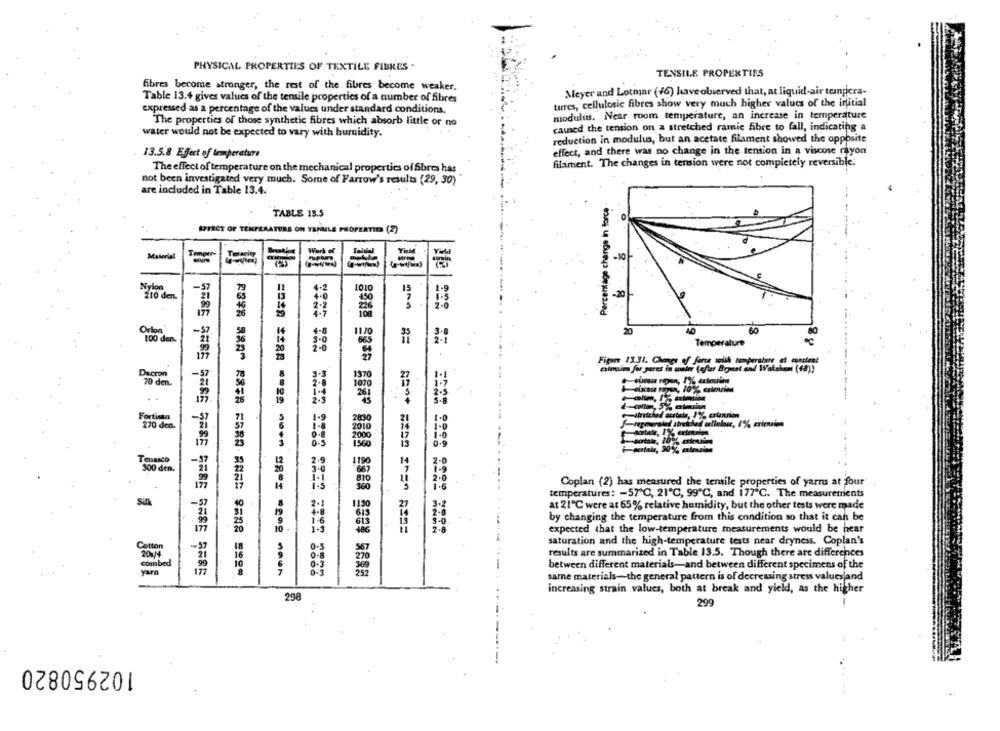
PHYSICAL PROPERTIES OF TEXTILE FIBRES .
TENSILE PROPERTIES
fibres become stronger, the rest of the. fibres become weaker.
Meyer and Lotmar (46) have observed that, at liquid-air tempera-
Table 13.4 gives values of the tensile properties of a number of fibres
turres, cellulosic fibres show very much higher values of the initial
expressed as a percentage of the values under standard conditions.
modulus. Near room temperature, an increase in temperature
The properties of those synthetic fibres which absorb little or no
caused the tension on a stretched ramie fibre to fall, indicating a
water would not be expected to vary with humidity.
reduction in modulus, but an acetate filament showed the opposite
13.5.8 Effect of temperature
effect, and there was no change in the tension in a viscose rayon
The effect of temperature on the mechanical properties of fibres has
filament. The changes in tension were not completely reversible.
not been investigated very much. Some of Farrow's results (29, 30)
are included in Table 13.4.
Percentage change In force
TABLE 13.5
EFFECT OF TEMPERATURE ON TEMALE PROPERTIES (2)
Material
Tenger-
-10
Nylon
-57
101
210 den.
-20
177
Orlen
-57
60
20
80
100 den.
Temperature
Figare 13.31. Chances of fare south temperature at constant
Dacron
Cinuim for geret in sonter (efter Bomet and Watchom (få))
-kurs ripan, 1%% minim
70 den.
Fortista
S-regmersled stretched cellulose, 1% extension
270 den
300 den.
Coplan (2) has measured the tensile properties of yarms at four
temperatures: - 57 ℃, 21℃, 99℃, and 177"℃. The measurements
Suk
at 21"℃ were at 65% relative humidity, but the other tests were made
by changing the temperature from this condition so that it can be
===* ==== ==== ====
expected that the low-temperature measurements would be near
saturation and the high-temperature tests near dryness. Coplan's
Cotton
3-5
results are summarized in Table 13.5. Though there are differences
combed
yarn
between different materials-and between different specimens of the
3843 3321 3342 1332 3a21 0322 0800
==== ==== = egg noen =80= ogog nawn
same materials -- the general pattern is of decreasing stress values and
increasing strain values, both at break and yield, as the higher
298
299
102950820